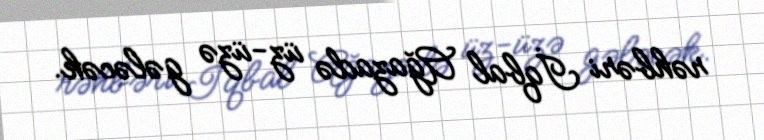
rəhbəri İqbal Ağazadə üz-üzə gələcək.